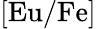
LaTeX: [\mathrm{Eu/Fe]}